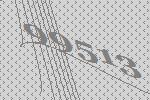
99513